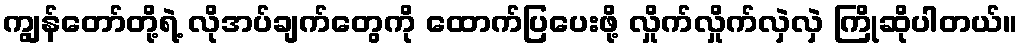
ကျွန်တော်တို့ရဲ့ လိုအပ်ချက်တွေကို ထောက်ပြပေးဖို့ လှိုက်လှိုက်လှဲလှဲ ကြိုဆိုပါတယ်။